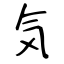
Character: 気